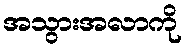
အသွားအလာကို